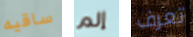
ساقيه إلم تعرف